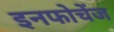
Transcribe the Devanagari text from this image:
इनफोचेंज